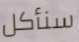
سنأكل